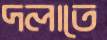
দলাতে